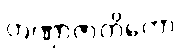
တဏှာဇာတိကော